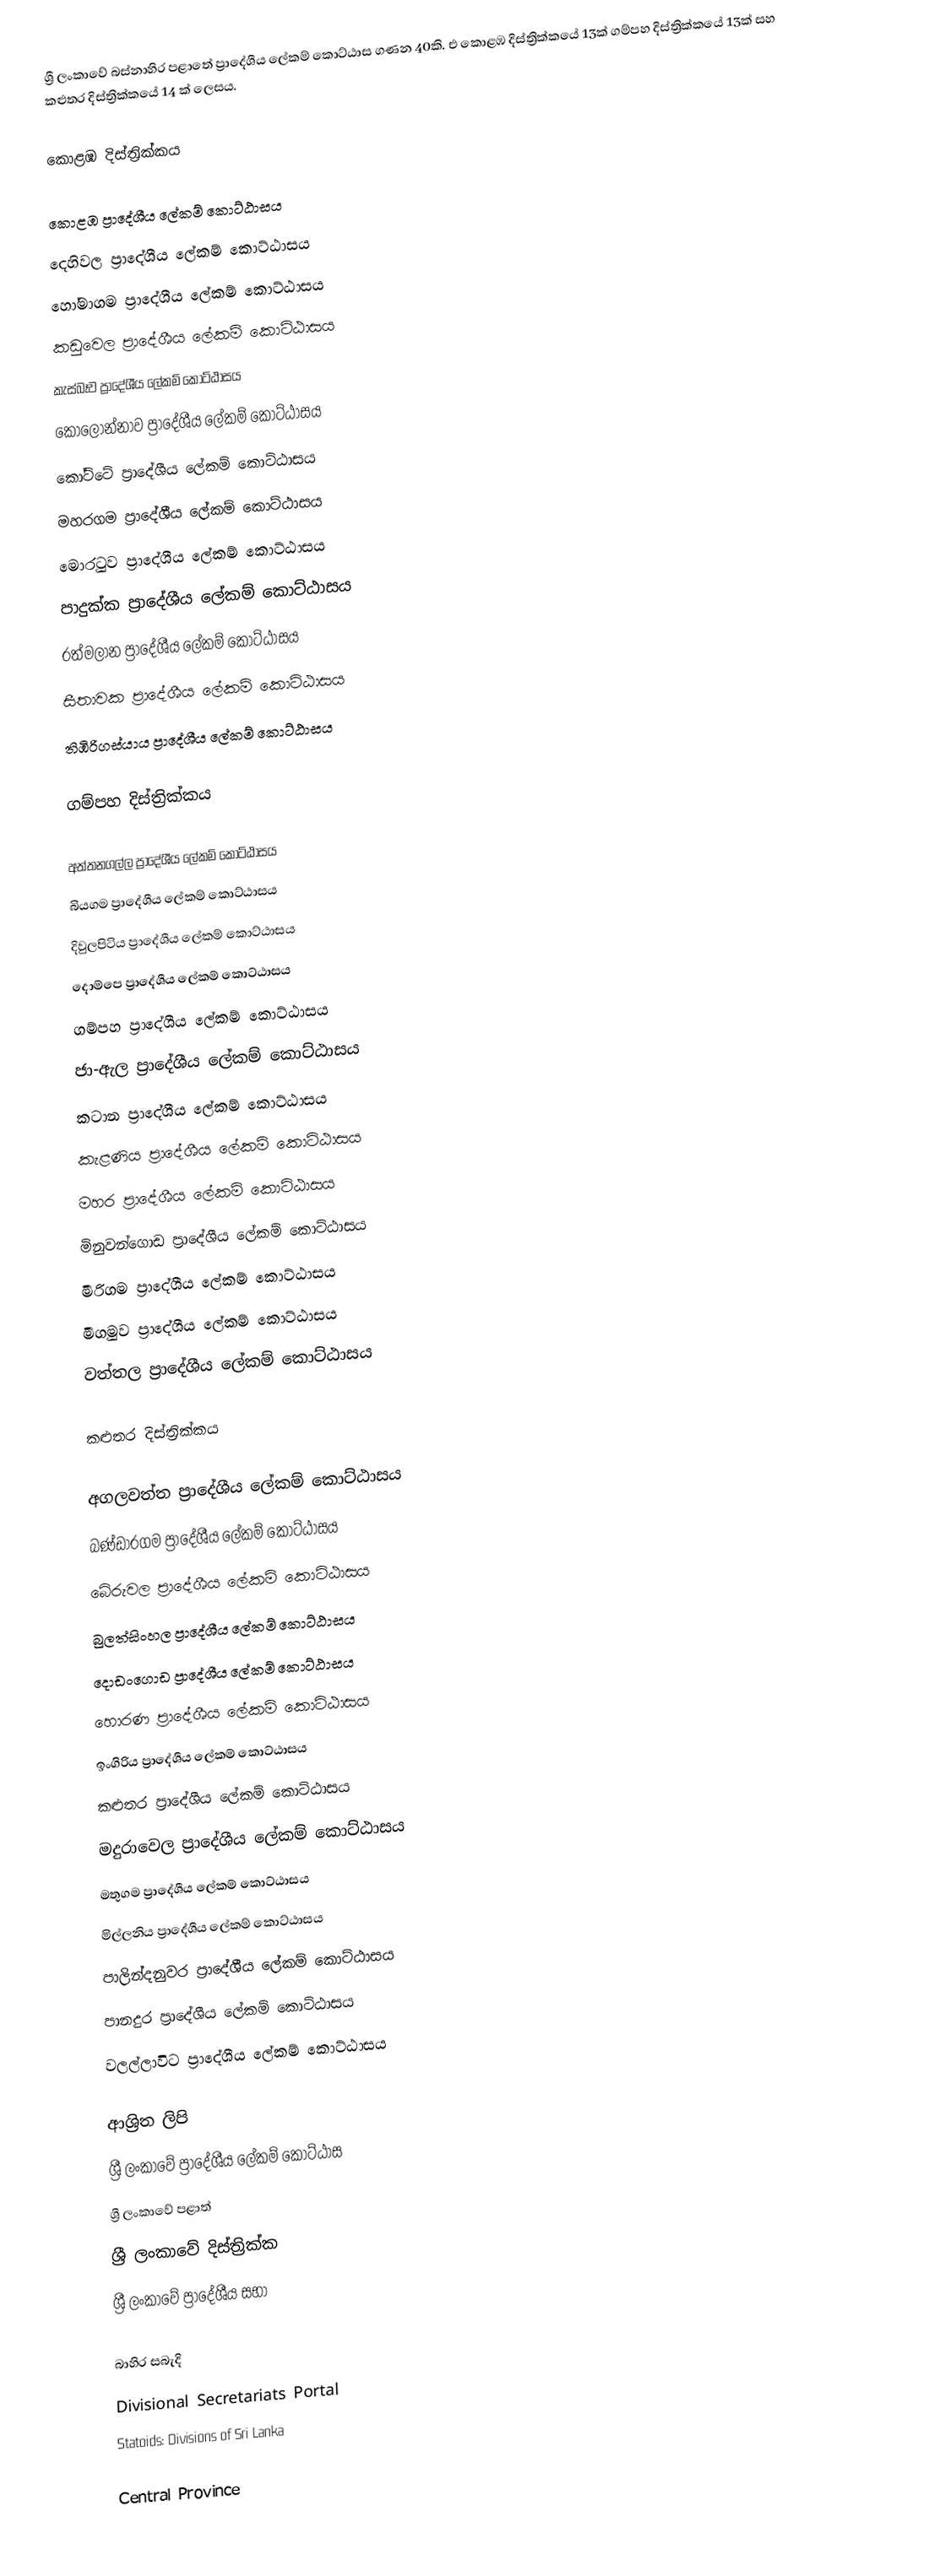
ශ්‍රී ලංකාවේ බස්නාහිර පළාතේ ප්‍රාදේශීය ලේකම් කොට්ඨාස ගණන 40කි. එ කොළඹ දිස්ත්‍රික්කයේ 13ක් ගම්පහ දිස්ත්‍රික්කයේ 13ක් සහ කළුතර දිස්ත්‍රික්කයේ 14 ක් ලෙසය.

කොළඹ දිස්ත්‍රික්කය

 කොළඹ ප්‍රාදේශීය ලේකම් කොට්ඨාසය
 දෙහිවල ප්‍රාදේශීය ලේකම් කොට්ඨාසය
 හෝමාගම ප්‍රාදේශීය ලේකම් කොට්ඨාසය
 කඩුවෙල ප්‍රාදේශීය ලේකම් කොට්ඨාසය
 කැස්බෑව ප්‍රාදේශීය ලේකම් කොට්ඨාසය
 කොලොන්නාව ප්‍රාදේශීය ලේකම් කොට්ඨාසය
 කෝට්ටේ ප්‍රාදේශීය ලේකම් කොට්ඨාසය
 මහරගම ප්‍රාදේශීය ලේකම් කොට්ඨාසය
 මොරටුව ප්‍රාදේශීය ලේකම් කොට්ඨාසය
 පාදුක්ක ප්‍රාදේශීය ලේකම් කොට්ඨාසය
 රත්මලාන ප්‍රාදේශීය ලේකම් කොට්ඨාසය
 සීතාවක ප්‍රාදේශීය ලේකම් කොට්ඨාසය
 තිඹිරිගස්යාය ප්‍රාදේශීය ලේකම් කොට්ඨාසය

ගම්පහ දිස්ත්‍රික්කය

 අත්තනගල්ල ප්‍රාදේශීය ලේකම් කොට්ඨාසය
 බියගම ප්‍රාදේශීය ලේකම් කොට්ඨාසය
 දිවුලපිටිය ප්‍රාදේශීය ලේකම් කොට්ඨාසය
 දොම්පෙ ප්‍රාදේශීය ලේකම් කොට්ඨාසය
 ගම්පහ ප්‍රාදේශීය ලේකම් කොට්ඨාසය
 ජා-ඇල ප්‍රාදේශීය ලේකම් කොට්ඨාසය
 කටාන ප්‍රාදේශීය ලේකම් කොට්ඨාසය
 කැළණිය ප්‍රාදේශීය ලේකම් කොට්ඨාසය
 මහර ප්‍රාදේශීය ලේකම් කොට්ඨාසය
 මිනුවන්ගොඩ ප්‍රාදේශීය ලේකම් කොට්ඨාසය
 මීරිගම ප්‍රාදේශීය ලේකම් කොට්ඨාසය
 මීගමුව ප්‍රාදේශීය ලේකම් කොට්ඨාසය
 වත්තල ප්‍රාදේශීය ලේකම් කොට්ඨාසය

කළුතර දිස්ත්‍රික්කය

 අගලවත්ත ප්‍රාදේශීය ලේකම් කොට්ඨාසය
 බණ්ඩාරගම ප්‍රාදේශීය ලේකම් කොට්ඨාසය
 බේරුවල ප්‍රාදේශීය ලේකම් කොට්ඨාසය
 බුලත්සිංහල ප්‍රාදේශීය ලේකම් කොට්ඨාසය
 දොඩංගොඩ ප්‍රාදේශීය ලේකම් කොට්ඨාසය
 හොරණ ප්‍රාදේශීය ලේකම් කොට්ඨාසය
 ඉංගිරිය ප්‍රාදේශීය ලේකම් කොට්ඨාසය
 කළුතර ප්‍රාදේශීය ලේකම් කොට්ඨාසය
 මදුරාවෙල ප්‍රාදේශීය ලේකම් කොට්ඨාසය
 මතුගම ප්‍රාදේශීය ලේකම් කොට්ඨාසය
 මිල්ලනිය ප්‍රාදේශීය ලේකම් කොට්ඨාසය
 පාලින්දනුවර ප්‍රාදේශීය ලේකම් කොට්ඨාසය
 පානදුර ප්‍රාදේශීය ලේකම් කොට්ඨාසය
 වලල්ලාවිට ප්‍රාදේශීය ලේකම් කොට්ඨාසය

ආශ්‍රිත ලිපි
 ශ්‍රී ලංකාවේ ප්‍රාදේශීය ලේකම් කොට්ඨාස
 ශ්‍රී ලංකාවේ පළාත්
 ශ්‍රී ලංකාවේ දිස්ත්‍රික්ක
 ශ්‍රී ලංකාවේ ප්‍රාදේශීය සභා

බාහිර සබැදි
 Divisional Secretariats Portal
 Statoids: Divisions of Sri Lanka

Central Province